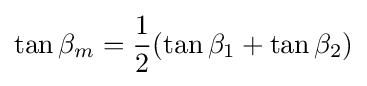
\tan \beta _{m}={\frac {1}{2}}(\tan \beta _{1}+\tan \beta _{2})